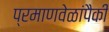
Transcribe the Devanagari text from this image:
प्रमाणवेळांपैकी